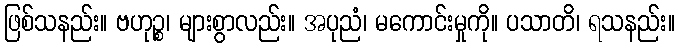
ဖြစ်သနည်း။ ဗဟုဉ္စ၊ များစွာလည်း။ အပုညံ၊ မကောင်းမှုကို။ ပသာတိ၊ ရသနည်း။